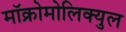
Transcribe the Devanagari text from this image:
मॉक्रोमोलिक्युल